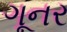
ગૂનર